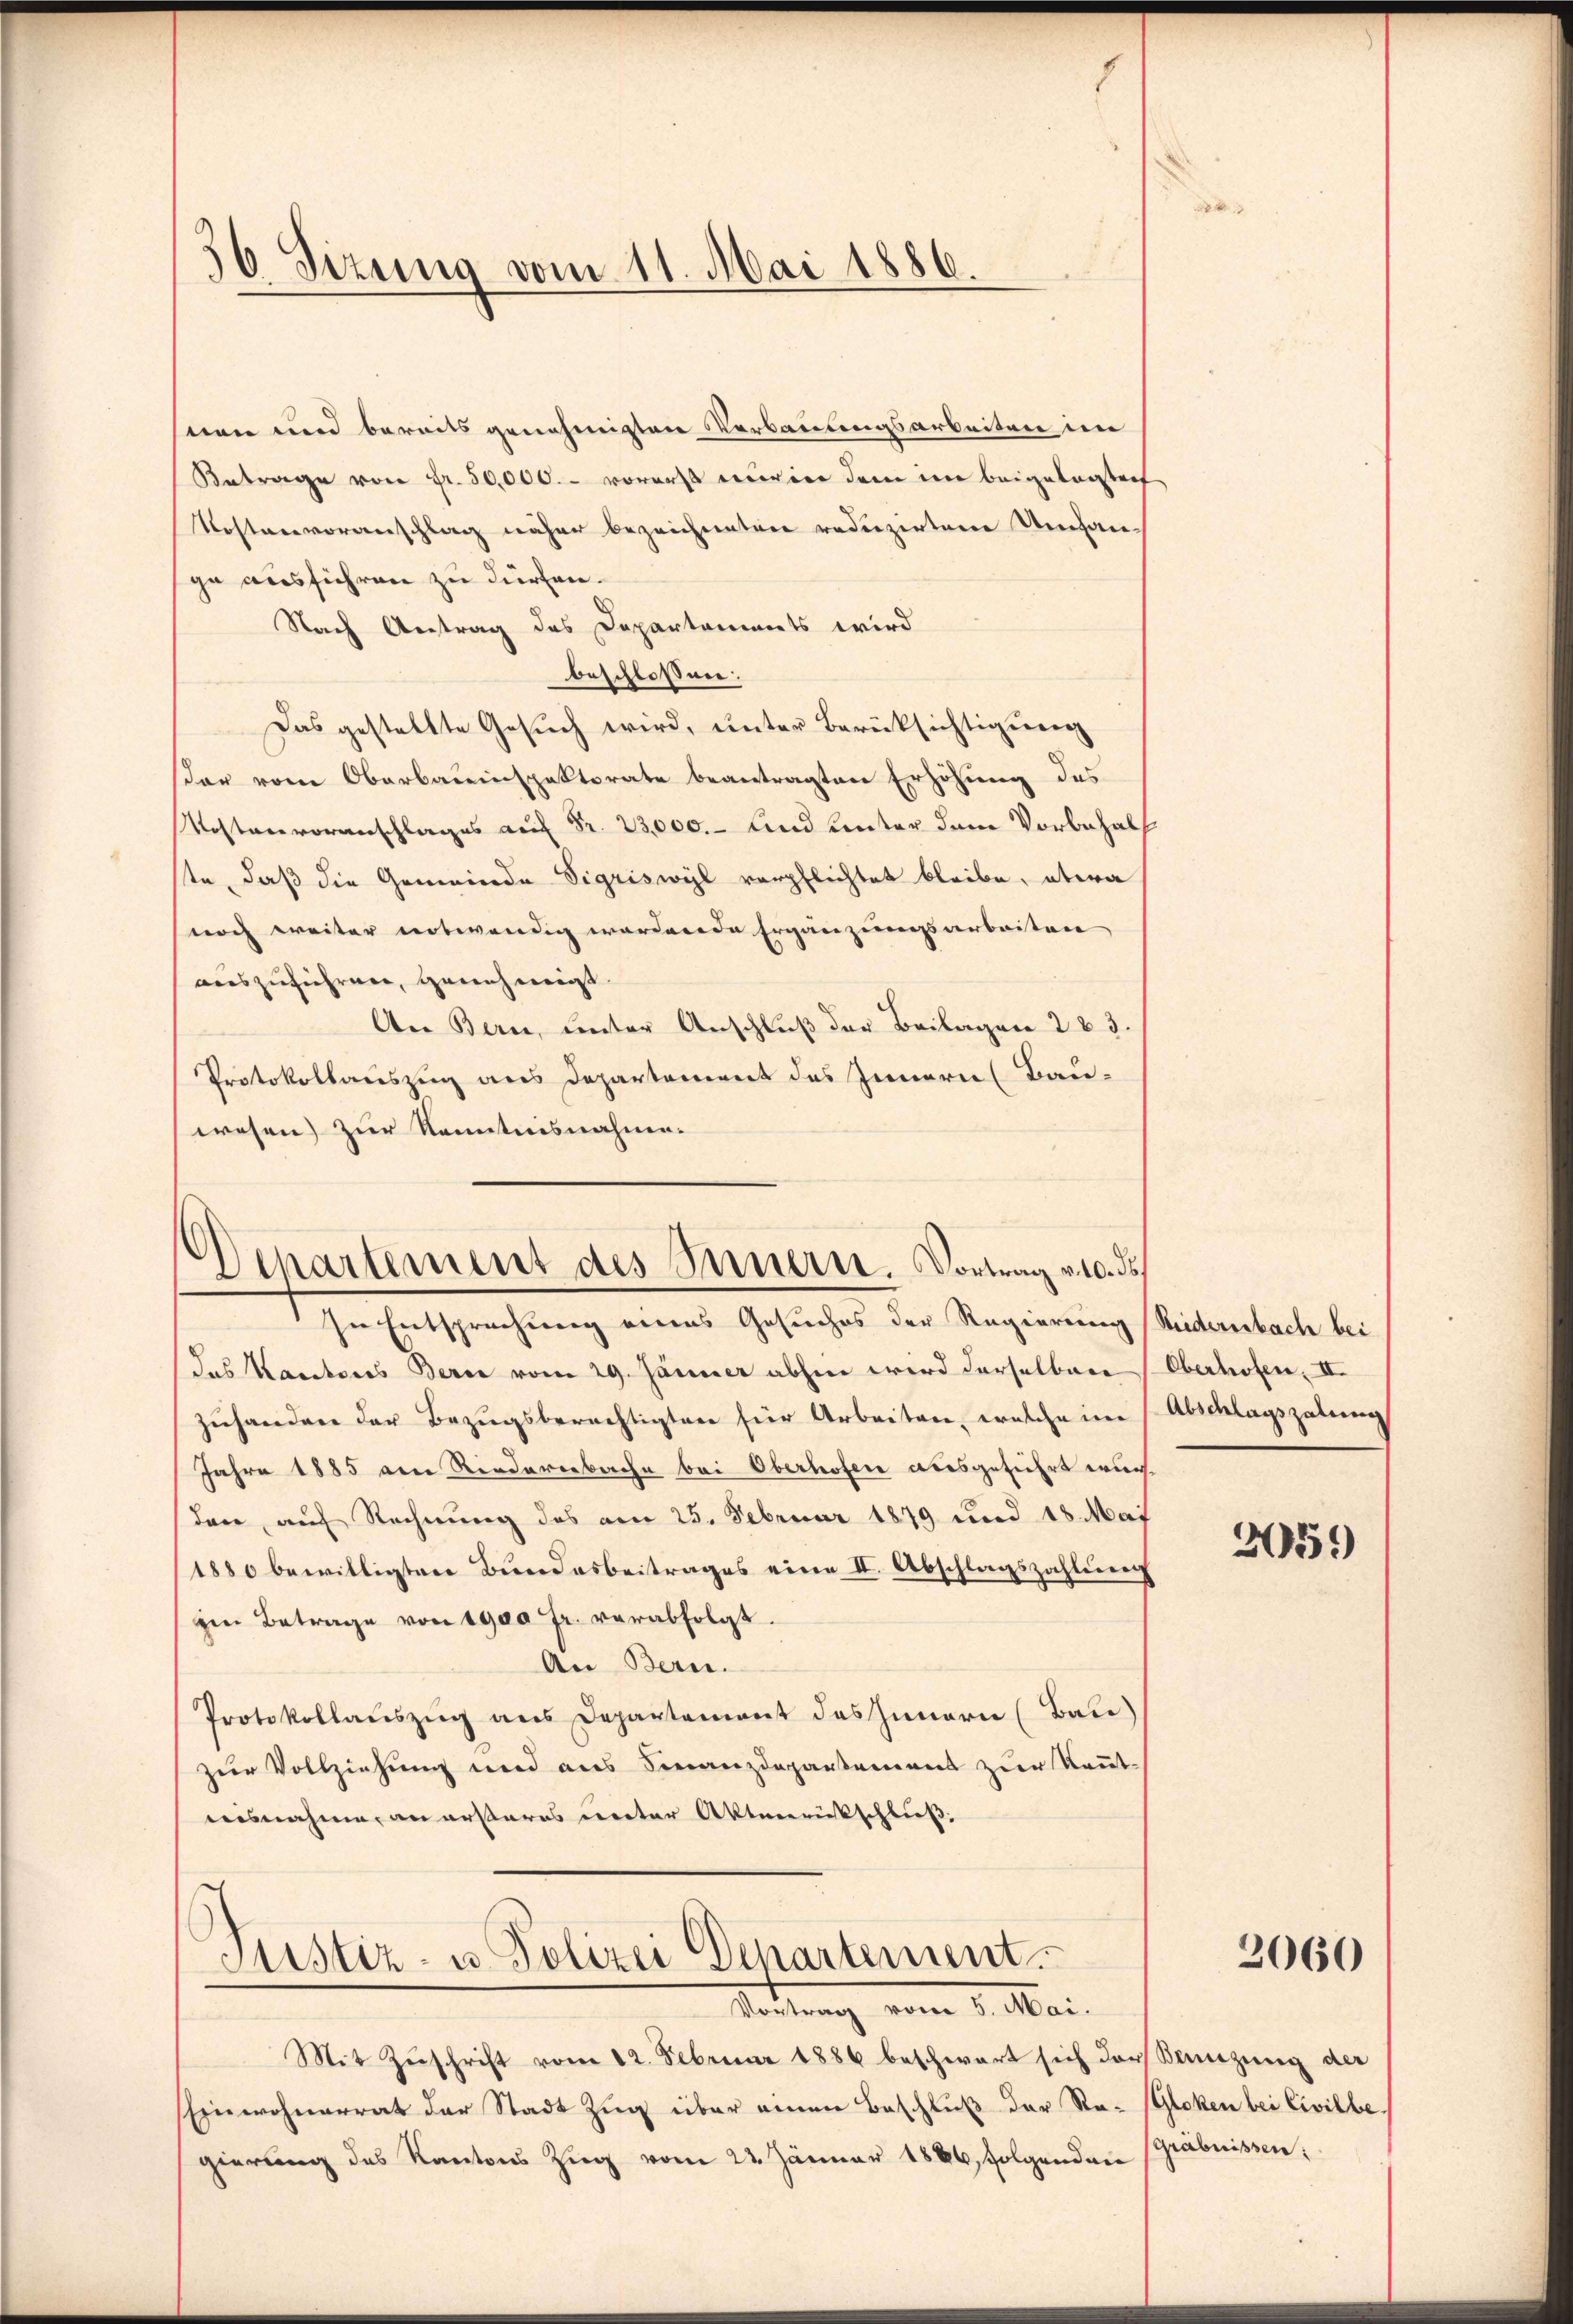
56. Sizung vom 11. Mai 1886.

seen und bereits genehmigten Verbauungsarbeiten in
Betrage von Fr. 50,000.- vorerst vier dem im beigelegten
Kostenvoranschlag näher bezeichneten reduzirten Umhange ausführen zu dürfen.
Nach Antrag des Departaments wird
beschlossen:
Das gestellte Gesuch wird, unter Berücksichtigung
dar vom Oberbauinspektorate beantragten Erhöhung des
Kostenvoranschlages auf Fr. 23,000.- und Unter dem Vorbehal
ste, daß die Gemeinde Sigriswyl verpflichtet bleibe, etwa
noch weiter notwendig wordende Ergänzungsarbeiten
auszuführen, genehmigt.
An Bern, unter Anschluß der Beilagen 283.
Protokollauszug aus Departement des Innern Bau-
wesen zur Kenntnisnahme.

Departement des Innern. Vortrag v. 10. ds
In Entsprechung eines Gesuches der Regierung (Riedernbach bei

Das Kantores Berne vom 29. Jänner absen wird derselbar (Oberhofen, II.
zŭhanden der Bezŭgsberechtigten für Arbeiten, welche in Abschlagszalung
Jahre 1885 an Riedererbache bei Oberhofen ausgeführt wurdare, auf Rechnung des am 25. Februar 1879 und 18. Mai
1880 bewilligten Bundesbeitrages eine II. Abschlagszahlung
im Betrage von 1900 fr. verabfolgt.
An Bern.
Protokollaŭszŭg ans Departement das Innern (Bate)
zur Vollziehung und aus Finanzdepartement zur Kennt-
ausnahme, an ersteres unter Aktenrückschluß,

Justiz- u. Polizei Departement
Tattung vom 1. Mai.

Mit Zuschrift vom 12. Februar 1886 beschwart sich der Beizung der
Einwohnerrat der Stadt Zug über einen Beschluß der Re- (Gloken bei Civilbegierung des Kantons Zŭg vom 23. Jänner 1886, folgenden Gräbnissen:

e

305.

2060